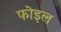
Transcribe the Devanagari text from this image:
फोइल